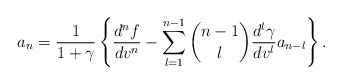
\begin{align*} a_{n}=\frac{1}{1+\gamma}\left\{\frac{d^{n}f}{dv^{n}}-\sum_{l=1}^{n-1}\binom{n-1}{l}\frac{d^l\gamma}{dv^l}a_{n-l}\right\}.\end{align*}